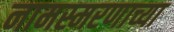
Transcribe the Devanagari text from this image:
नामस्मरणाच्या